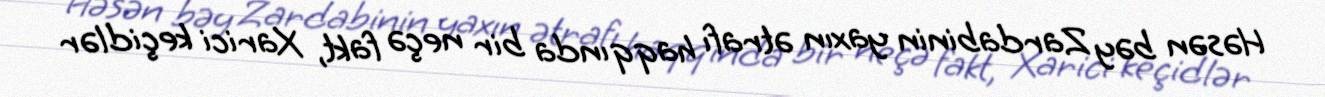
Həsən bəy Zardabinin yaxın ətrafı haqqında bir neçə fakt, Xarici keçidlər